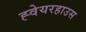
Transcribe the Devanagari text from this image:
ह्वेयरहाउस